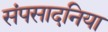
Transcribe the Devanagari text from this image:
संपसादनिया